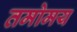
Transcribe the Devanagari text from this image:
तमोमय